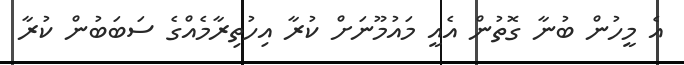
އެ މީހުން ބުނާ ގޮތުން އެއީ މައުމޫނަށް ކުރާ އިހުތިރާމެއްގެ ސަބަބުން ކުރާ